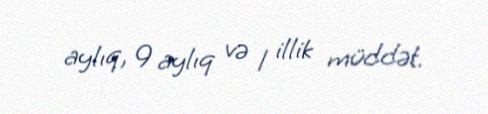
aylıq, 9 aylıq və 1 illik müddət.